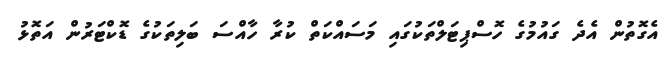
އެގޮތުން އެދެ ގައުމުގެ ހޮސްޕިޓަލްތަކުގައި މަސައްކަތް ކުރާ ހާއްސަ ބަލިތަކުގެ ޑޮކްޓަރުން އަތޮޅު